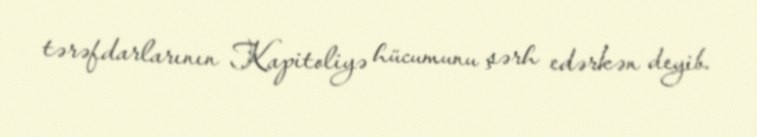
tərəfdarlarının Kapitoliyə hücumunu şərh edərkən deyib.